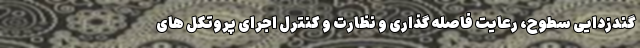
گندزدایی سطوح، رعایت فاصله گذاری و نظارت و کنترل اجرای پروتکل های